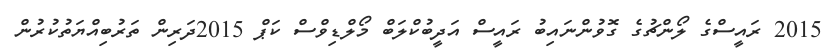
2015 ރައީސްގެ ލޯންޗުގެ ގޮވުންނައިބު ރައީސް އަދީބުކްލަބް މޯލްޑިވްސް ކަޕް 2015ދަރިން ތަރުބިއްޔަތުކުރުން